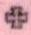
+